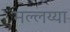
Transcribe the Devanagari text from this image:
मल्लय्या